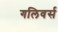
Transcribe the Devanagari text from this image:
गलिवर्स